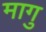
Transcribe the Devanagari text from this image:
मागु